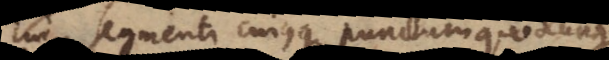
segmenti cujusque punctum quodcunque